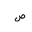
Letter: _sad